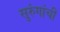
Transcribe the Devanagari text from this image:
सुरुंगांची